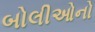
બોલીઓનો